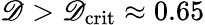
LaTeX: \mathscr{D}>\mathscr{D}_{\mathrm{{crit}}}\approx0.65